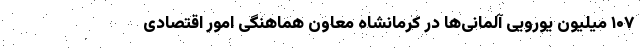
۱۰۷ میلیون یورویی آلمانی‌ها در کرمانشاه معاون هماهنگی امور اقتصادی